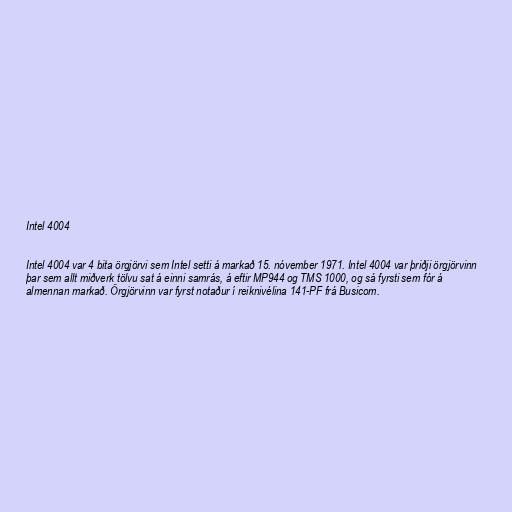
Intel 4004

Intel 4004 var 4 bita örgjörvi sem Intel setti á markað 15. nóvember 1971. Intel 4004 var þriðji örgjörvinn
þar sem allt miðverk tölvu sat á einni samrás, á eftir MP944 og TMS 1000, og sá fyrsti sem fór á
almennan markað. Örgjörvinn var fyrst notaður í reiknivélina 141-PF frá Busicom.